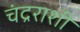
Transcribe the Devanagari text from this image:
चंद्रराशी